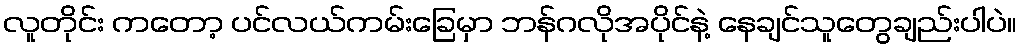
လူတိုင်း ကတော့ ပင်လယ်ကမ်းခြေမှာ ဘန်ဂလိုအပိုင်နဲ့ နေချင်သူတွေချည်းပါပဲ။